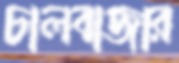
চালবাজার